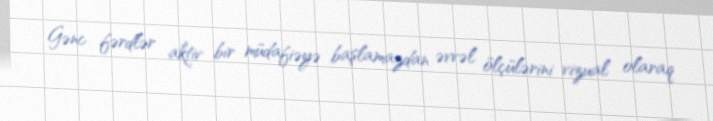
Gənc fərdlər aktiv bir müdafiəyə başlamazdan əvvəl ölçülərini vizual olaraq